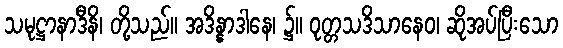
သမုဋ္ဌာနာဒီနိ၊ တို့သည်။ အဒိန္နာဒါနေ၊ ၌။ ဝုတ္တသဒိသာနေဝ၊ ဆိုအပ်ပြီးသော